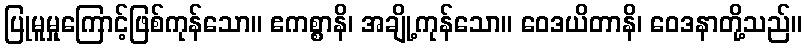
ပြုမူမှုကြောင့်ဖြစ်ကုန်သော။ ဧကစ္စာနိ၊ အချို့ကုန်သော။ ဝေဒယိတာနိ၊ ဝေဒနာတို့သည်။